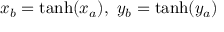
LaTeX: x _ { b } = \operatorname { t a n h } ( x _ { a } ) , \ y _ { b } = \operatorname { t a n h } ( y _ { a } )